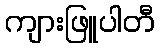
ကျားဖြူပါတီ